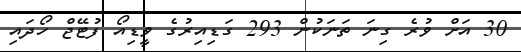
30 އަށް ވުރެ ގިނަ ތަނަކުން 293 ގަޑިއިރުގެ ވީޑިއޯ ފުޓޭޖް ހޯދައި